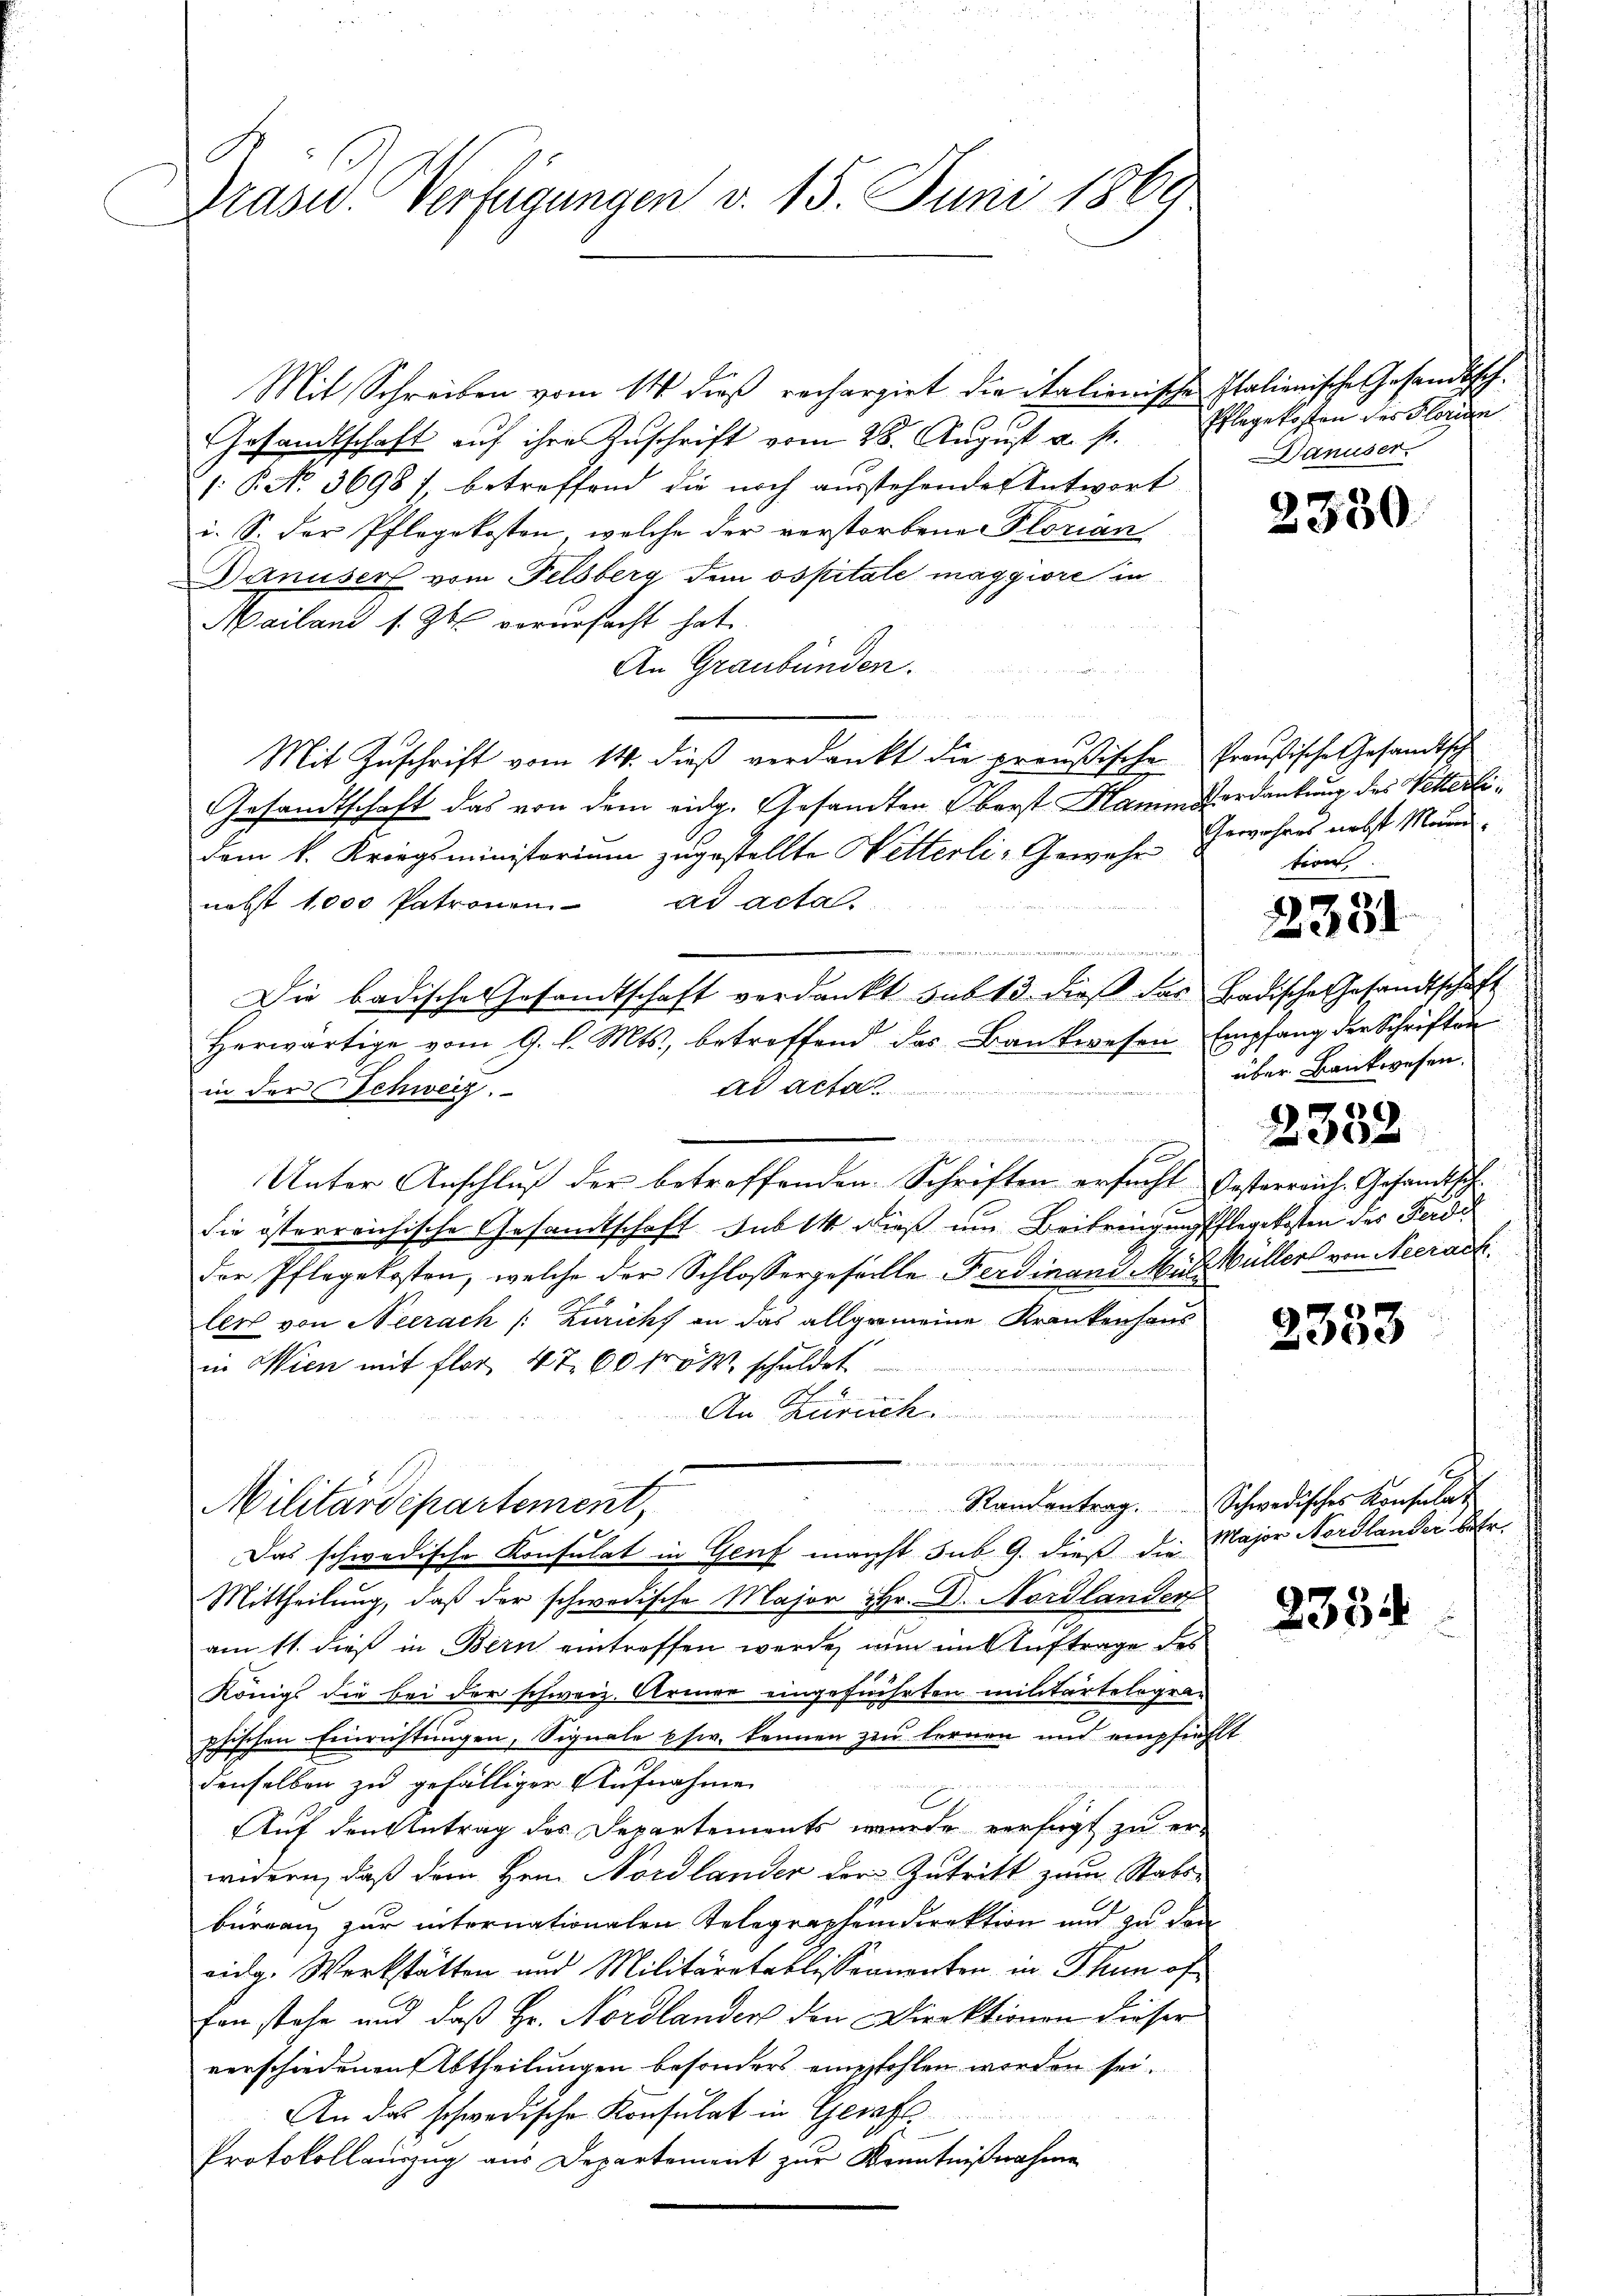
Grasw. Verfügungen v. 15. Juni 1869

Mit Schreiben vom 14. dieß rechargirt die italienische Italienische Gesandtsch¬
Gesandtschaft auf ihre Zuschrift vom 28. August u. s.
§ No. 3698), betroffend die noch ausstehendes Antwort
i. S. der Pflegekosten, welche der verstorbene Florian
Danuser vom Felsberg dem ospitale maggiore in
Mailand s. Zt. vorursacht hat.
An Graubünden.
un
Mit Zuschrift vom 14. dieß verdankt die preußische Preußische Gesandtsch
Gesandtschaft das von dem eidg. Gesandten Oberst Hamm Nordankung des Wetterlidem k. Kriegsministerium zugestellte Wetterli-Gewehr
nebst 1000 Patronen ad acta.
u
n
Die badische Gesandtschaft verdankt sub 13. dieß das Badische Gesandtschaft
herwärtige vom 9. l. Mts., betroffend das Bankwesen Empfang der Schriften
Ad Act
in der Schweiz.
e
Unter Anschluß der betreffenden Schriften ersucht besterreich. Gesandtschdie österreichische Gesandtschaft sub 14 dieß um Beibringungsflegekosten des Ferdi
der Pflegekosten, welche der Schlossergefälle Ferdinand Mül Müller von Neerach
ler von Neerach /: Züricht an das allgemeine Krankenhaus
in Wien mit flor 4 760 froh schuldet
An Zürich.
Randentrag. Schwedisches Konsulat
Militärdepartement,
Das schwedische Konsulat in Genf macht sub 9. dieß die Major Nordlander ehr¬
Mittheilung, daß der schwedische Major Hr. Dr. Nordlander
am 11. dieß in Bern eintreffen werde, nun im Auftrage des
Königs die bei der schweiz. Armee eingeführten militärtelogra-
phischen Einrichtungen, Signale usw. kennen zu lernen und empfiehlt
denselben zu gefälliger Aufnahme
Auf den Antrag des Departements wurde verfügt zu er-
widern, daß dem Her Nordlander der Zutritt zum Stabs-
bureau zur internationalen Telegraphendirektion und zu den
eidg. Werkstätten und Militäratablissementen in Thun of
fen stehe und daß Hr. Nordlanden den Direktionen dieser
verschiedenen Abtheilungen besonders empfohlen worden sei.
An das schwedische Konsulat in Geraft
Protokollauszug aus Departement zur Kenntnißnahme

Pflege kosten des Florian
Danuser.

2330

Gewahres nebst Marien.
teon

2331

über Bankwesen.

2332

2333

2354